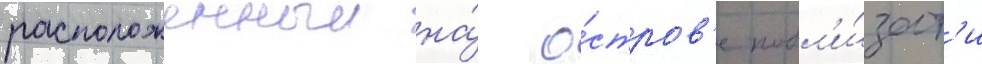
расположенныи на́ о́стров'е побл'и́зост'и